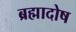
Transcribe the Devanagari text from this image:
ब्रह्मादोष